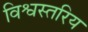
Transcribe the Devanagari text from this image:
विश्वस्तरिय